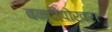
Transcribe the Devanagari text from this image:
बन्दीपोखरा